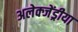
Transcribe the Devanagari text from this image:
अलेक्जेंड्रीया